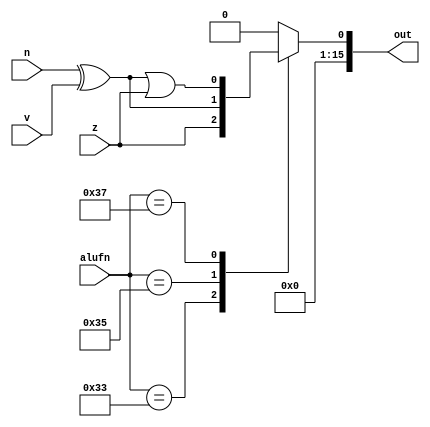
/*
   This file was generated automatically by Alchitry Labs version 1.2.7.
   Do not edit this file directly. Instead edit the original Lucid source.
   This is a temporary file and any changes made to it will be destroyed.
*/

module compare_12 (
    input z,
    input v,
    input n,
    input [5:0] alufn,
    output reg [15:0] out
  );
  
  
  
  always @* begin
    out = 16'h0000;
    
    case (alufn)
      6'h33: begin
        out[0+0-:1] = z;
      end
      6'h35: begin
        out[0+0-:1] = (n ^ v);
      end
      6'h37: begin
        out[0+0-:1] = (n ^ v) | z;
      end
      default: begin
        out[0+0-:1] = 1'h0;
      end
    endcase
  end
endmodule